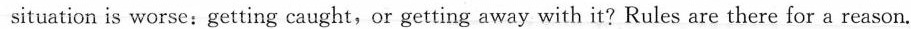
situation is worse:getting caught,or getting away with it? Rules are there for a reason.